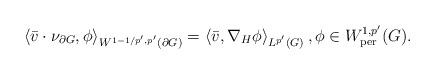
LaTeX: \begin{align*} \left< \bar v\cdot\nu_{\partial G}, \phi \right>_{W^{1-1/p',p'}(\partial G)} = \left< \bar v, \nabla_H\phi \right>_{L^{p'}(G)}, \phi\in W^{1,p'}_{\mathrm{per}}(G).\end{align*}